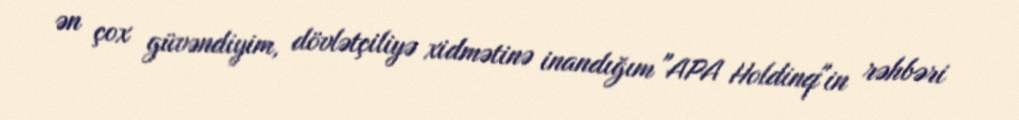
ən çox güvəndiyim, dövlətçiliyə xidmətinə inandığım "APA Holdinq"in rəhbəri